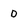
Character: D